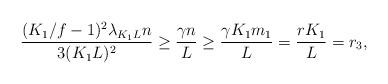
LaTeX: \begin{align*}\frac{(K_1/f-1)^2 \lambda_{K_1L} n}{3 (K_1 L)^2} \ge \frac{\gamma n}{L} \ge \frac{\gamma K_1 m_1}{L} = \frac{r K_1}{L } = r_3,\end{align*}